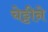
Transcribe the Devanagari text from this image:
चेट्टीने